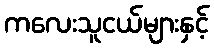
ကလေးသူငယ်များနှင့်